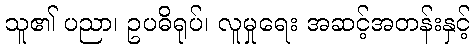
သူ၏ ပညာ၊ ဥပဓိရုပ်၊ လူမှုရေး အဆင့်အတန်းနှင့်